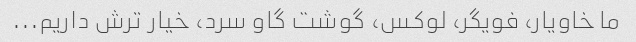
ما خاویار، فویگر، لوکس، گوشت گاو سرد، خیار ترش داریم...